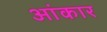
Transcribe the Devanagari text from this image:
आंकार